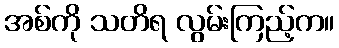
အစ်ကို သတိရ လွမ်းကြည့်က။